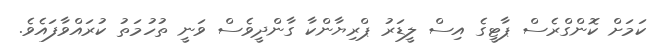
ކަމަށް ކޮންގްރެސް ޕާޓީގެ އިސް ލީޑަރު ޕްރިޔާންކާ ގާންދީވެސް ވަނީ ތުހުމަތު ކުރައްވާފައެވެ.